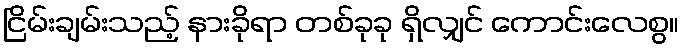
ငြိမ်းချမ်းသည့် နားခိုရာ တစ်ခုခု ရှိလျှင် ကောင်းလေစွ။